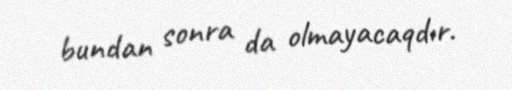
bundan sonra da olmayacaqdır.